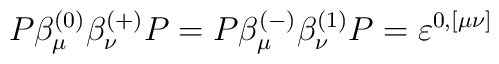
P\beta _\mu ^{(0)}\beta _\nu ^{(+)}P=P\beta _\mu ^{(-)}\beta _\nu^{(1)}P=\varepsilon ^{0,[\mu \nu ]}